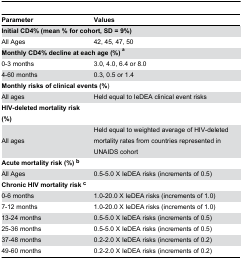
<table><thead><tr><td><b>Parameter</b></td><td><b>Values</b></td></tr></thead><tbody><tr><td colspan="2"><b>Initial CD4% (mean % for cohort, SD = 9%)</b></td></tr><tr><td>All Ages</td><td>42, 45, 47, 50</td></tr><tr><td colspan="2"><b>Monthly CD4% decline at each age (%) <sup>a</sup></b></td></tr><tr><td>0-3 months </td><td>3.0, 4.0, 6.4 or 8.0</td></tr><tr><td>4-60 months</td><td>0.3, 0.5 or 1.4</td></tr><tr><td colspan="2"><b>Monthly risks of clinical events (%</b>) </td></tr><tr><td>All ages</td><td>Held equal to IeDEA clinical event risks</td></tr><tr><td><b>HIV-deleted mortality risk (%)</b></td><td></td></tr><tr><td>All ages</td><td>Held equal to weighted average of HIV-deleted mortality rates from countries represented in UNAIDS cohort</td></tr><tr><td colspan="2"><b>Acute mortality risk (%) <sup>b</sup></b></td></tr><tr><td>All Ages</td><td>0.5-5.0 X IeDEA risks (increments of 0.5)</td></tr><tr><td colspan="2"><b>Chronic HIV mortality risk <sup>c</sup></b></td></tr><tr><td>0-6 months</td><td>1.0-20.0 X IeDEA risks (increments of 1.0)</td></tr><tr><td>7-12 months</td><td>1.0-20.0 X IeDEA risks (increments of 1.0)</td></tr><tr><td>13-24 months</td><td>0.5-5.0 X IeDEA risks (increments of 0.5)</td></tr><tr><td>25-36 months</td><td>0.5-5.0 X IeDEA risks (increments of 0.5)</td></tr><tr><td>37-48 months</td><td>0.2-2.0 X IeDEA risks (increments of 0.2)</td></tr><tr><td>49-60 months</td><td>0.2-2.0 X IeDEA risks (increments of 0.2)</td></tr></tbody></table>